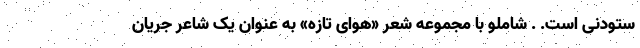
ستودنی است. . شاملو با مجموعه شعر «هوای تازه» به عنوان یک شاعر جریان